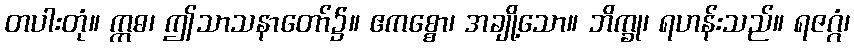
တပါးတုံ။ ဣဓ၊ ဤသာသနာတော်၌။ ဧကစ္စော၊ အချို့သော။ ဘိက္ခု၊ ရဟန်းသည်။ ရဇဂ္ဂံ၊